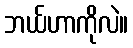
ဘယ်ဟာကိုလဲ။